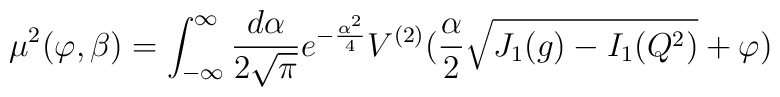
\mu^2(\varphi,\beta)  = \int^\infty_{-\infty} {\frac {d\alpha}{2\sqrt{\pi}}}e^{-{\frac {\alpha^2}{4}}} V^{(2)}({\frac {\alpha}{2}}\sqrt{J_1(g)- I_1 (Q^2)}+\varphi)